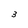
Character: 3